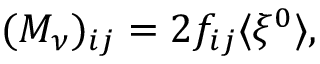
( { \cal M } _ { \nu } ) _ { i j } = 2 f _ { i j } \langle \xi ^ { 0 } \rangle ,